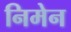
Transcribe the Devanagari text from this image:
निमेन